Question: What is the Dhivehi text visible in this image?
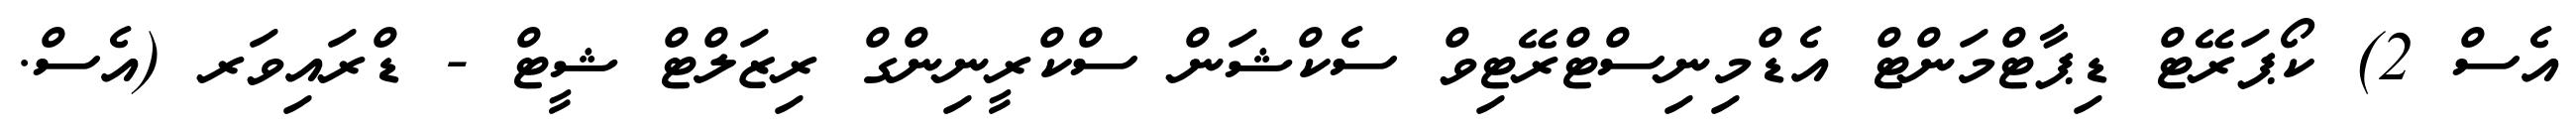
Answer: އެސް 2) ކޯޕަރޭޓް ޑިޕާޓްމަންޓް އެޑްމިނިސްޓްރޭޓިވް ސެކްޝަން ސްކްރީނިންގް ރިޒަލްޓް ޝީޓް - ޑްރައިވަރ (އެސް.